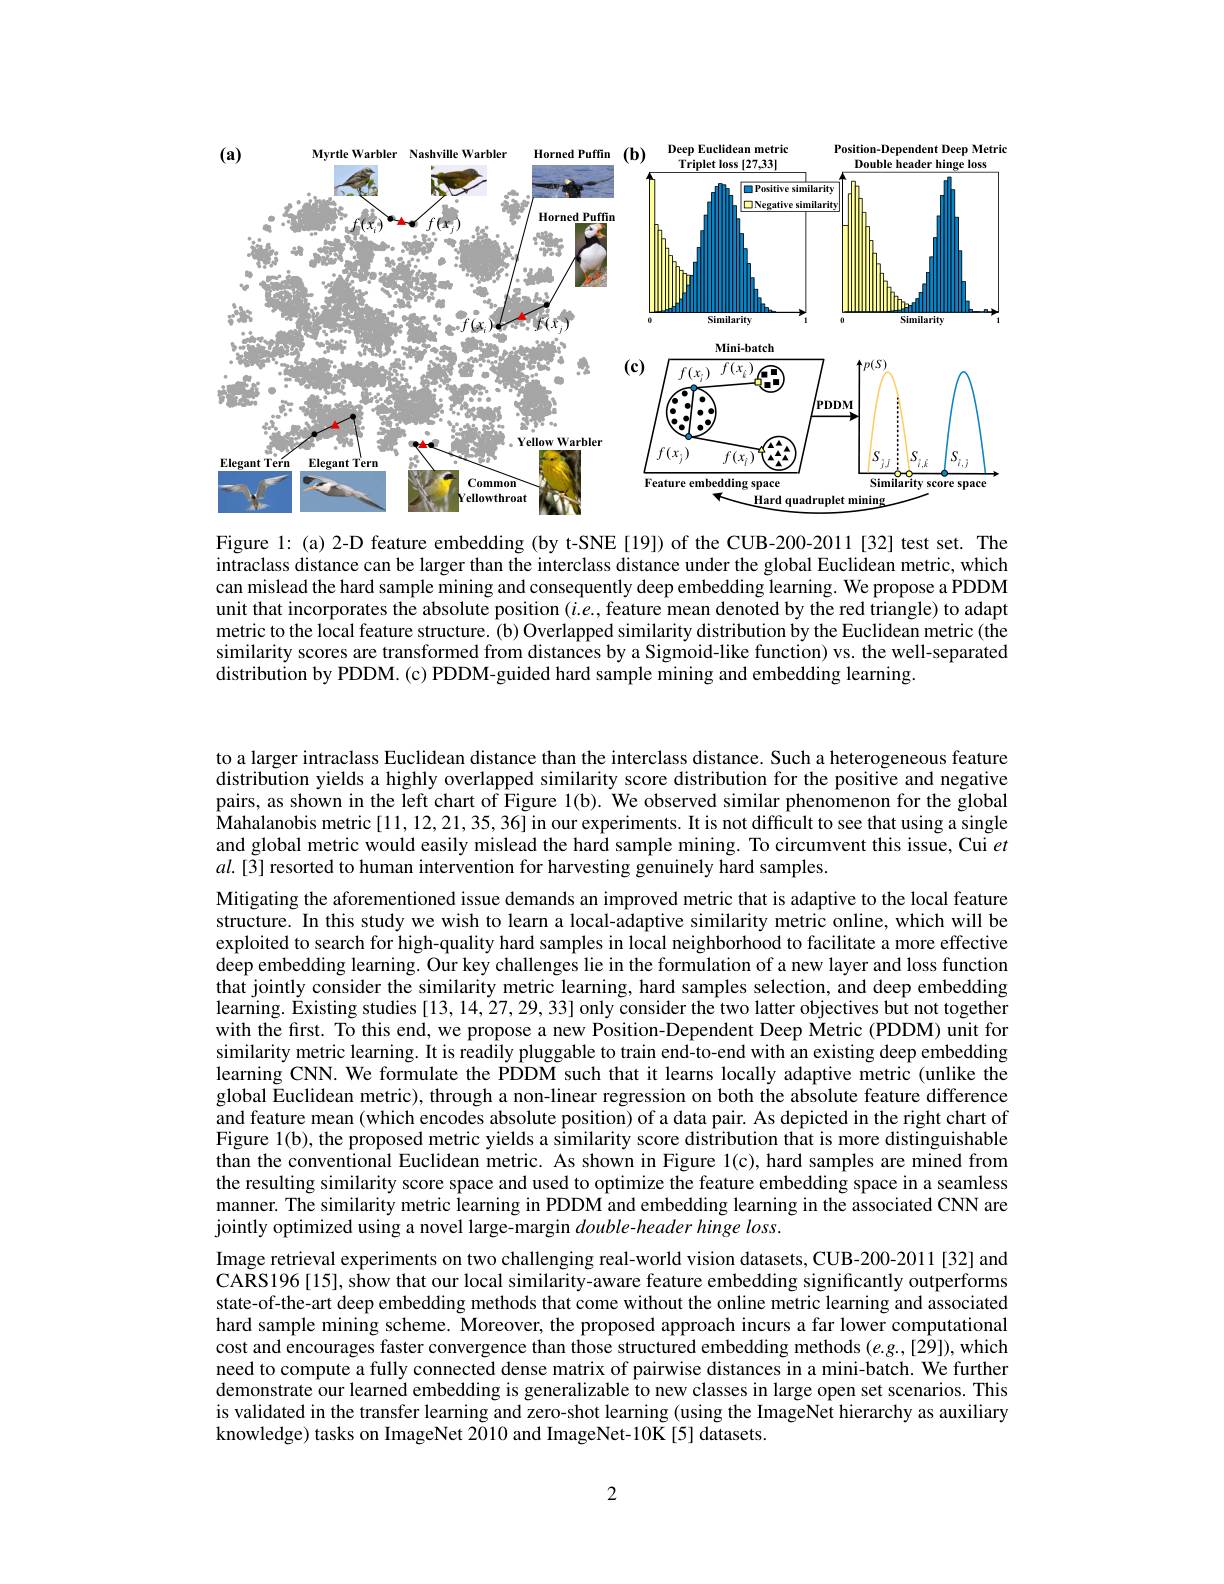
<FigureHere>

Figure 1: (a) 2-D feature embedding (by t-SNE[19]) of the CUB-200-2011[32] test set. The intraclass distance can be larger than the interclass distance under the global Euclidean metric, which can mislead the hard sample mining and consequently deep embedding learning. We propose a PDDM unit that incorporates the absolute position $(i.e.$, feature mean denoted by the red triangle) to adapt metric to the local feature structure. (b) Overlapped similarity distribution by the Euclidean metric (the similarity scores are transformed from distances by a Sigmoid-like function) vs. the well-separated distribution by PDDM.(c) PDDM-guided hard sample mining and embedding learning.

to a larger intraclass Euclidean distance than the interclass distance. Such a heterogeneous feature distribution yields a highly overlapped similarity score distribution for the positive and negative pairs, as shown in the left chart of Figure 1(b). We observed similar phenomenon for the global $\hat{\text{Mahalanobis metric[11,12,21,35,36]in our experiments. It is not difficult to see that using a single}}$ and global metric would easily mislead the hard sample mining. To circumvent this issue, Cui $et$ $al.[3]$ resorted to human intervention for harvesting genuinely hard samples.

Mitigating the aforementioned issue demands an improved metric that is adaptive to the local feature structure. In this study we wish to learn a local-adaptive similarity metric online, which will be exploited to search for high-quality hard samples in local neighborhood to facilitate a more effective deep embedding learning. Our key challenges lie in the formulation of a new layer and loss function $\hat{\text{that jointly consider the similarity metric learning, hard samples selection, and deep embedding}}$ learning. Existing studies [13, 14, 27, 29, 33] only consider the two latter objectives but not together with the first. To this end, we propose a new Position-Dependent Deep Metric (PDDM) unit for similarity metric learning. It is readily pluggable to train end-to-end with an existing deep embedding learning CNN. We formulate the PDDM such that it learns locally adaptive metric (unlike the global Euclidean metric), through a non-linear regression on both the absolute feature difference and feature mean (which encodes absolute position) of a data pair. As depicted in the right chart of Figure 1(b), the proposed metric yields a similarity score distribution that is more distinguishable than the conventional Euclidean metric. As shown in Figure 1(c), hard samples are mined from the resulting similarity score space and used to optimize the feature embedding space in a seamless manner. The similarity metric learning in PDDM and embedding learning in the associated CNN are jointly optimized using a novel large-margin $double-header$ hinge $loss.$
Image retrieval experiments on two challenging real-world vision datasets, CUB-200-2011[32] and CARS196[15], show that our local similarity-aware feature embedding significantly outperforms state-of-the-art deep embedding methods that come without the online metric learning and associated hard sample mining scheme. Moreover, the proposed approach incurs a far lower computational cost and encourages faster convergence than those structured embedding methods $(e.g.,[29])$, which need to compute a fully connected dense matrix of pairwise distances in a mini-batch. We further demonstrate our learned embedding is generalizable to new classes in large open set scenarios. This is validated in the transfer learning and zero-shot learning (using the ImageNet hierarchy as auxiliary knowledge) tasks on ImageNet 2010 and ImageNet-10K[5] datasets.

2